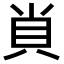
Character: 𧴪